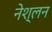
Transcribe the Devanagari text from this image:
नेश्लन